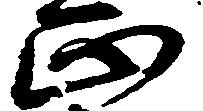
正